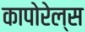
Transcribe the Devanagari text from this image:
कापोरेल्स